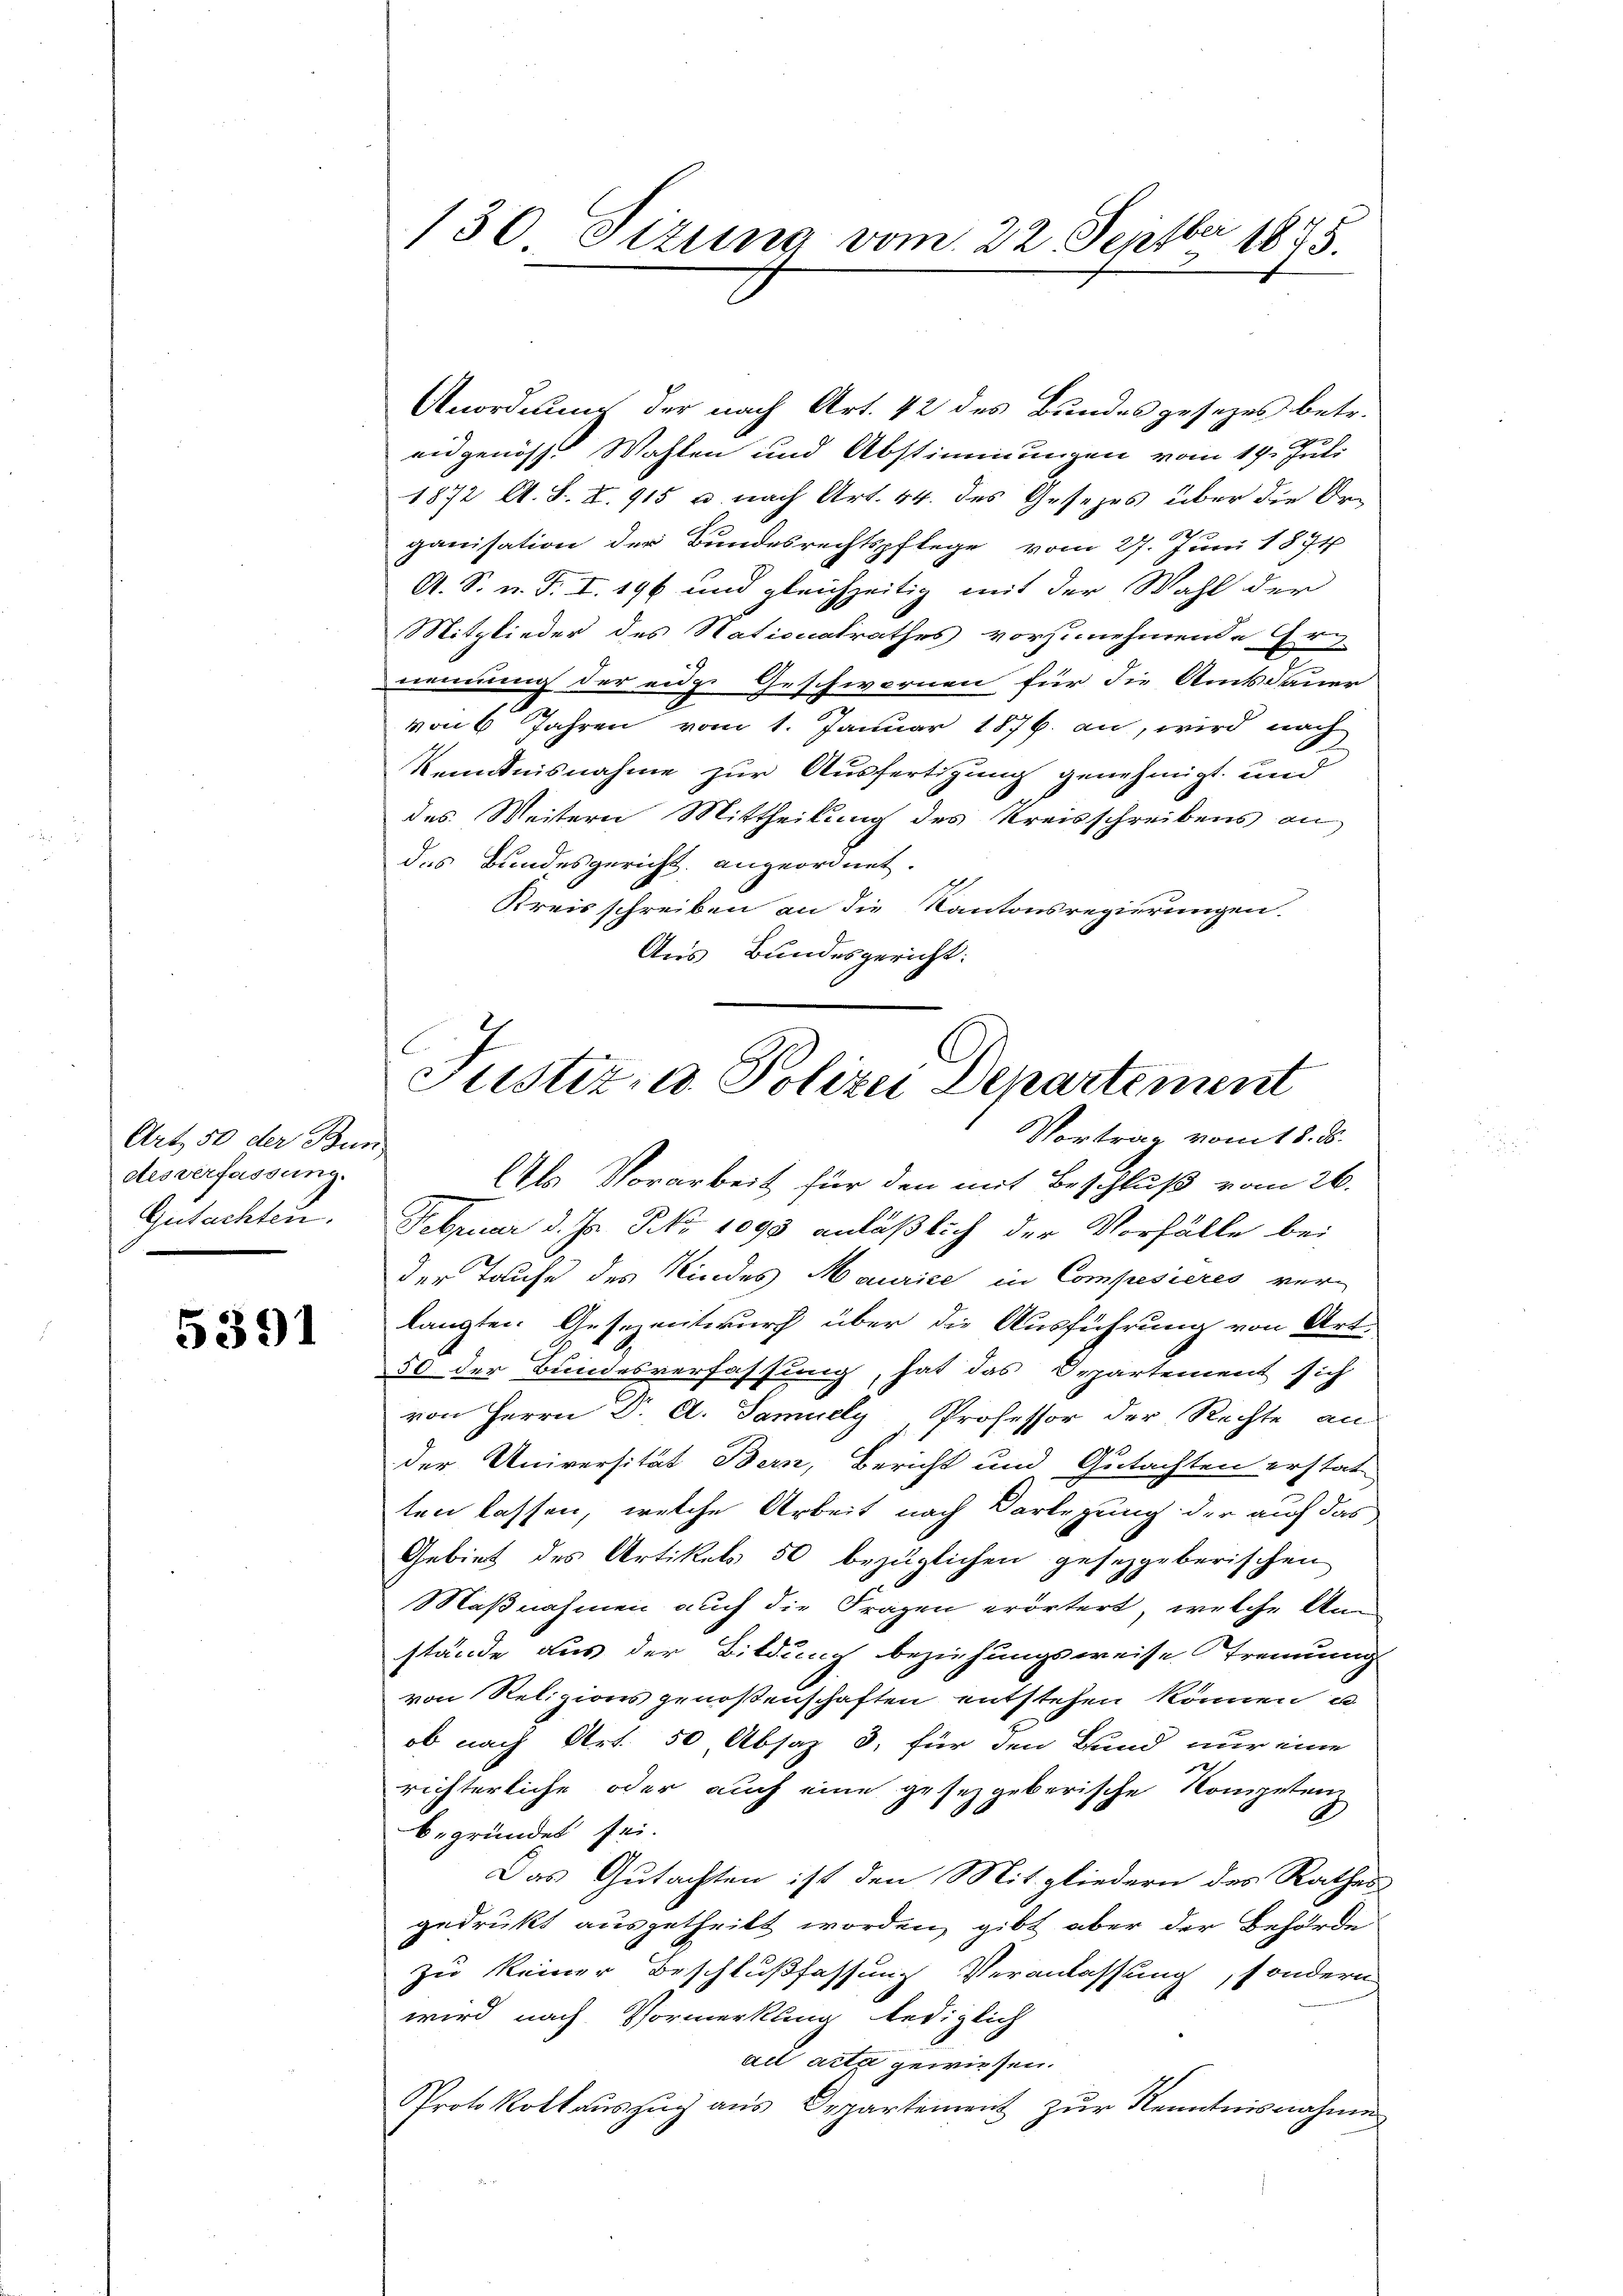
Art. 50 der Bun
des verfassung.
Gutachten.

5391

130 Sizung vom 22. Septbr 1855.

Anordnung der nach Art. 42 des Bundes gesezes betr.
eidgenosse Wahlen und Abstimmungen vom 14. Juli
1872 Al. S. S. 915 u. nach Art. 44. des Gesezes über die Organisation der Bundesrechtspflege vom 27. Juni 1871
A. S. n. F. I. 196 und gleichzeitig mit der Wahl der
Mitglieder des Nationalrathes vorzunehmende Er
nennung der eidge Geschwernen für die Amtsdauer
von 6 Jahren vom 1. Januar 1876. an, wird nach
Kenntnisnahme zur Ausfertigung genehmigt und
des Weitern Mittheilung des Kreisschreibens an
des Bundesgericht angeordnet.
Kreisschreiben an die Kantonsregierungen.
Aus Bundesgericht:
Vortrag vom 18. ds.
Als Vorarbeit für den mit Beschluß vom 26.
Februar d. Js. No 1093 anläßlich der Vorfälle bei
der Taufe des Kindes Maurice in Compesieres ver-
langten. Gesezentwurf über die Ausführung von Art.
50 der Bundesverfassung, hat das Departement sich
von Herrn Dr A. Samuely, Professor der Rechte an
der Universität Bern, Bericht und Gutachten erstat-
ten lassen, welche Arbeit nach Vorlegung der auf das
Gebiet des Artikels 50 bezüglichen gesetzgeberischen
Maßnahmen auch die Fragen erörtert, welche Anstände aus der Bildung beziehungsweise Trennung
von Religions genoßenschaften entstehen können u
ob nach Art. 50 Absaz 3, für den Bund nur eine
e
richterliche oder auch eine gesetzgeberische Kompetenz
begründet sei.
Das Gutachten ist den Mitgliedern des Rathes
gedrukt ausgetheilt worden, gibt aber der Behörde
zu keiner Beschlußfassung Veranlassung, sondern
wird nach Vormerkung lediglich
ad acta gewiesen.
Protokollauszug aus Departement zur Kenntnisnahme

.
Justizad. Polizei Departement